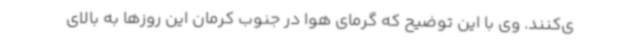
ی‌کنند. وی با این توضیح که گرمای هوا در جنوب کرمان این روزها به بالای